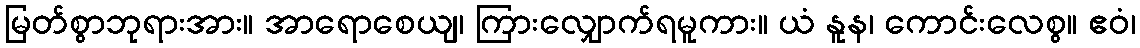
မြတ်စွာဘုရားအား။ အာရောစေယျ၊ ကြားလျှောက်ရမူကား။ ယံ နူန၊ ကောင်းလေစွ။ ဧဝံ၊